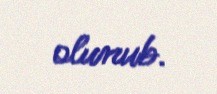
olunub.